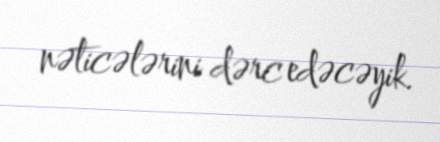
nəticələrini dərc edəcəyik.